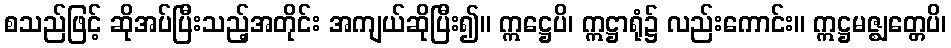
စသည်ဖြင့် ဆိုအပ်ပြီးသည့်အတိုင်း အကျယ်ဆိုပြီး၍။ ဣဋ္ဌေပိ၊ ဣဋ္ဌာရုံ၌ လည်းကောင်း။ ဣဋ္ဌမဇ္ဈတ္တေပိ၊